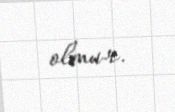
olmur.